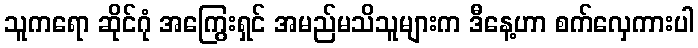
သူကရော ဆိုင်ဂုံ အကြွေးရှင် အမည်မသိသူများက ဒီနေ့ဟာ စက်လှေကားပါ